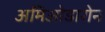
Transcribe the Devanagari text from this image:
अमिओडारोन